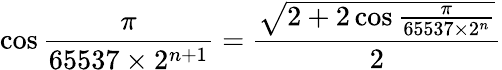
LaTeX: \cos{\frac{\pi}{65537\times 2^{n+1}}}={\frac{\sqrt{2+2\cos{\frac{\pi}{65537\times 2^{n}}}}}{2}}